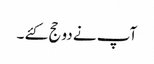
آپ نے دو حج کئے ۔